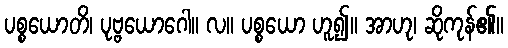
ပစ္စယောတိ၊ ပုဗ္ဗယောဂေါ။ လ။ ပစ္စယော ဟူ၍။ အာဟု၊ ဆိုကုန်၏။